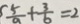
\frac { 5 } { a } + \frac { 3 } { b } = 2